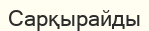
Сарқырайды